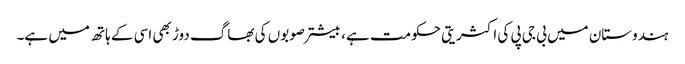
ہندوستان میں بی جی پی کی اکثریتی حکومت ہے، بیشتر صوبوں کی بھاگ دوڑ بھی اسی کے ہاتھ میں ہے۔